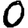
Digit: 0